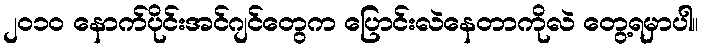
၂၀၁၀ နောက်ပိုင်းအင်ဂျင်တွေက ပြောင်းလဲနေတာကိုလဲ တွေ့ရမှာပါ။